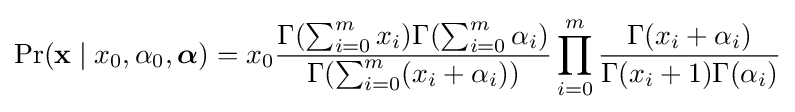
\Pr(\mathbf {x} \mid x_{0},\alpha _{0},{\boldsymbol {\alpha }})=x_{0}{\frac {\Gamma (\sum _{i=0}^{m}x_{i})\Gamma (\sum _{i=0}^{m}\alpha _{i})}{\Gamma (\sum _{i=0}^{m}(x_{i}+\alpha _{i}))}}\prod _{i=0}^{m}{\frac {\Gamma (x_{i}+\alpha _{i})}{\Gamma (x_{i}+1)\Gamma (\alpha _{i})}}